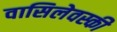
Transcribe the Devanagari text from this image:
वासिलेवस्की